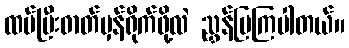
ထပ်ပြီးဓာတ်မှန်ရိုက်ဖို့လဲ ညွှန်ပြကြပါတယ်။